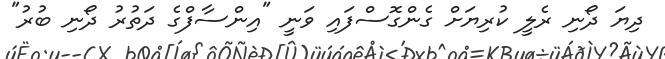
ދިޔަ ދޯނި ރެލީ ކުރިޔަށް ގެންގޮސްފައި ވަނީ "އިންސާފްގެ ދަތުރު ދޯނި ބުރު"